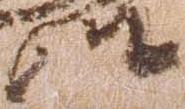
俊